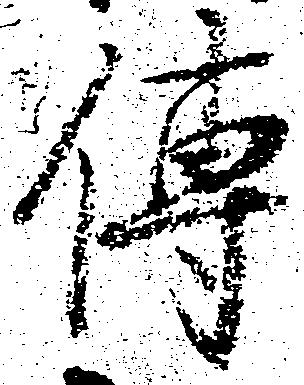
伝